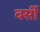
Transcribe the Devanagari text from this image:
वर्सी